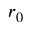
r _ { 0 }